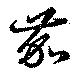
茄